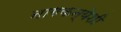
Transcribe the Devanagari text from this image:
नागकन्येशी